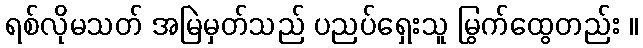
ရစ်လိုမသတ် အမြဲမှတ်သည် ပညပ်ရှေးသူ မြွက်ထွေတည်း ။